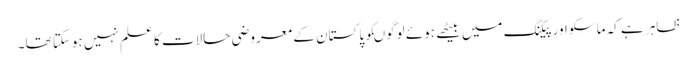
ظاہر ہے کہ ماسکو اور پیکنگ میں بیٹھے ہوئے لوگوںکو پاکستان کے معروضی حالات کا علم نہیں ہوسکتا تھا۔